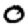
Digit: 0